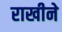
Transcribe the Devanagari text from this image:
राखीने